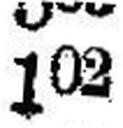
102